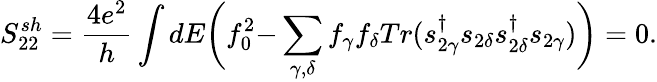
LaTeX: {S_{22}^{sh}=\frac{4e^{2}}{h}\int dE\bigg(f_{0}^{2}}{-\sum_{\gamma,\delta}f_{\gamma}f_{\delta}Tr(s_{2\gamma}^{\dagger}s_{2\delta}s_{2\delta}^{\dagger}s_{2\gamma})\bigg)}=0.